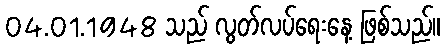
04.01.1948 သည် လွတ်လပ်ရေးနေ့ ဖြစ်သည်။